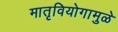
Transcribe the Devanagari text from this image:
मातृवियोगामुळे